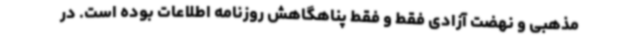
مذهبی و نهضت آزادی فقط و فقط پناهگاهش روزنامه اطلاعات بوده است. در